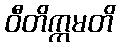
ဝီတိက္ကမတိ